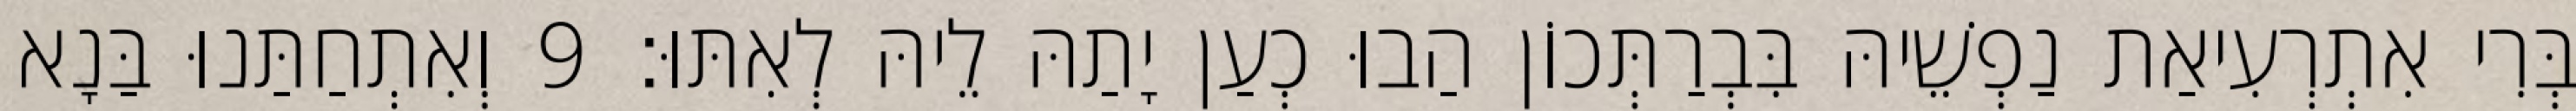
בְּרִי אִתְרְעִיאַת נַפְשֵׁיהּ בִּבְרַתְּכוֹן הַבוּ כְעַן יָתַהּ לֵיהּ לְאִתּוּ׃ 9 וְאִתְחַתַּנוּ בַּנָא